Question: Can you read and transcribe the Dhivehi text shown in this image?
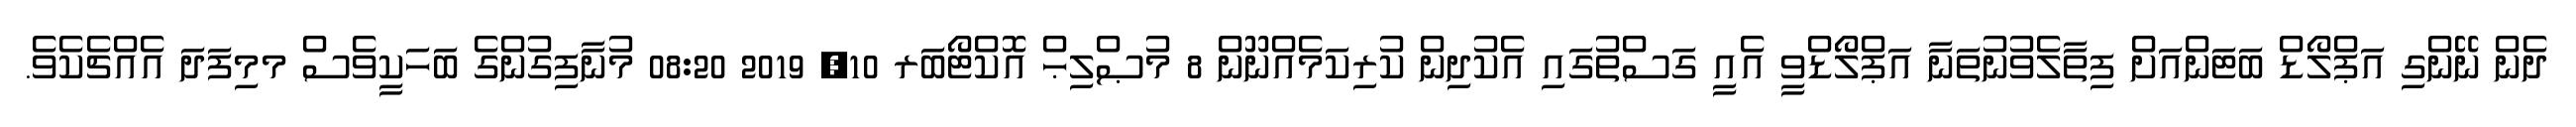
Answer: ދެން ނޭންގި އަޕްލޯޑް ބަޓަންއަށް ފިތާލެވުނުތަނާ އަޕްލޯޑްވީ އެއީ ގަސްތުގައި އެކުދިން ކުރިކަމެއްނޫން 8 މުޞްލިޙް އޮކްޓޯބަރ 10, 2019 08:20 މުނާފިގުންގެ ބަހަކީވެސް މމިފަދަ އެއްޗެކެވެ.